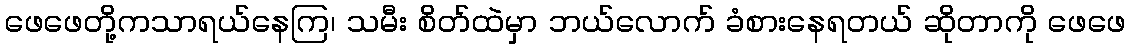
ဖေဖေတို့ကသာရယ်နေကြ၊ သမီး စိတ်ထဲမှာ ဘယ်လောက် ခံစားနေရတယ် ဆိုတာကို ဖေဖေ